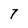
Character: 7